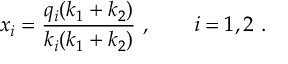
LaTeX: x _ { i } = \frac { q _ { i } ( k _ { 1 } + k _ { 2 } ) } { k _ { i } ( k _ { 1 } + k _ { 2 } ) } ~ , \qquad i = 1 , 2 ~ .